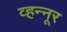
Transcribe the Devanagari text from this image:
व्हन्नूर